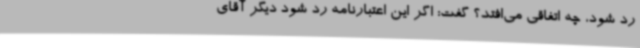
رد شود، چه اتفاقی می‌افتد؟ گفت: اگر این اعتبارنامه رد شود دیگر آقای